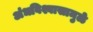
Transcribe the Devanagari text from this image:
अंधविश्वासामुळे